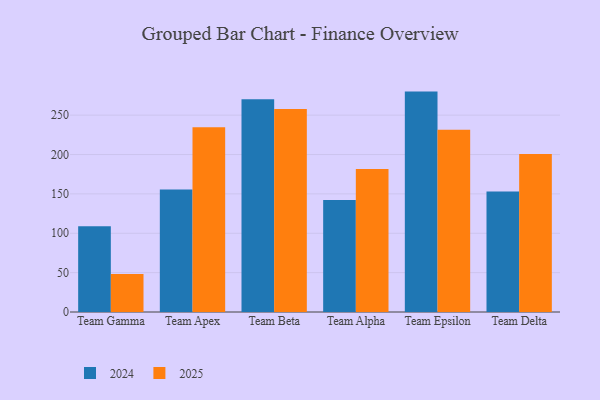
{"axis": {"x": "Team", "y": "Waste Production (Tons)"}, "legend": ["2024", "2025"], "data": [{"x": "Team Gamma", "y": 108.9, "type": "2024"}, {"x": "Team Gamma", "y": 48.4, "type": "2025"}, {"x": "Team Apex", "y": 155.7, "type": "2024"}, {"x": "Team Apex", "y": 234.5, "type": "2025"}, {"x": "Team Beta", "y": 270.1, "type": "2024"}, {"x": "Team Beta", "y": 257.9, "type": "2025"}, {"x": "Team Alpha", "y": 142.3, "type": "2024"}, {"x": "Team Alpha", "y": 181.7, "type": "2025"}, {"x": "Team Epsilon", "y": 279.9, "type": "2024"}, {"x": "Team Epsilon", "y": 231.6, "type": "2025"}, {"x": "Team Delta", "y": 153.0, "type": "2024"}, {"x": "Team Delta", "y": 200.6, "type": "2025"}]}